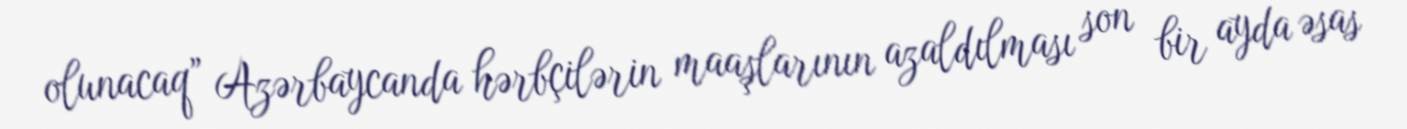
olunacaq” Azərbaycanda hərbçilərin maaşlarının azaldılması son bir ayda əsas